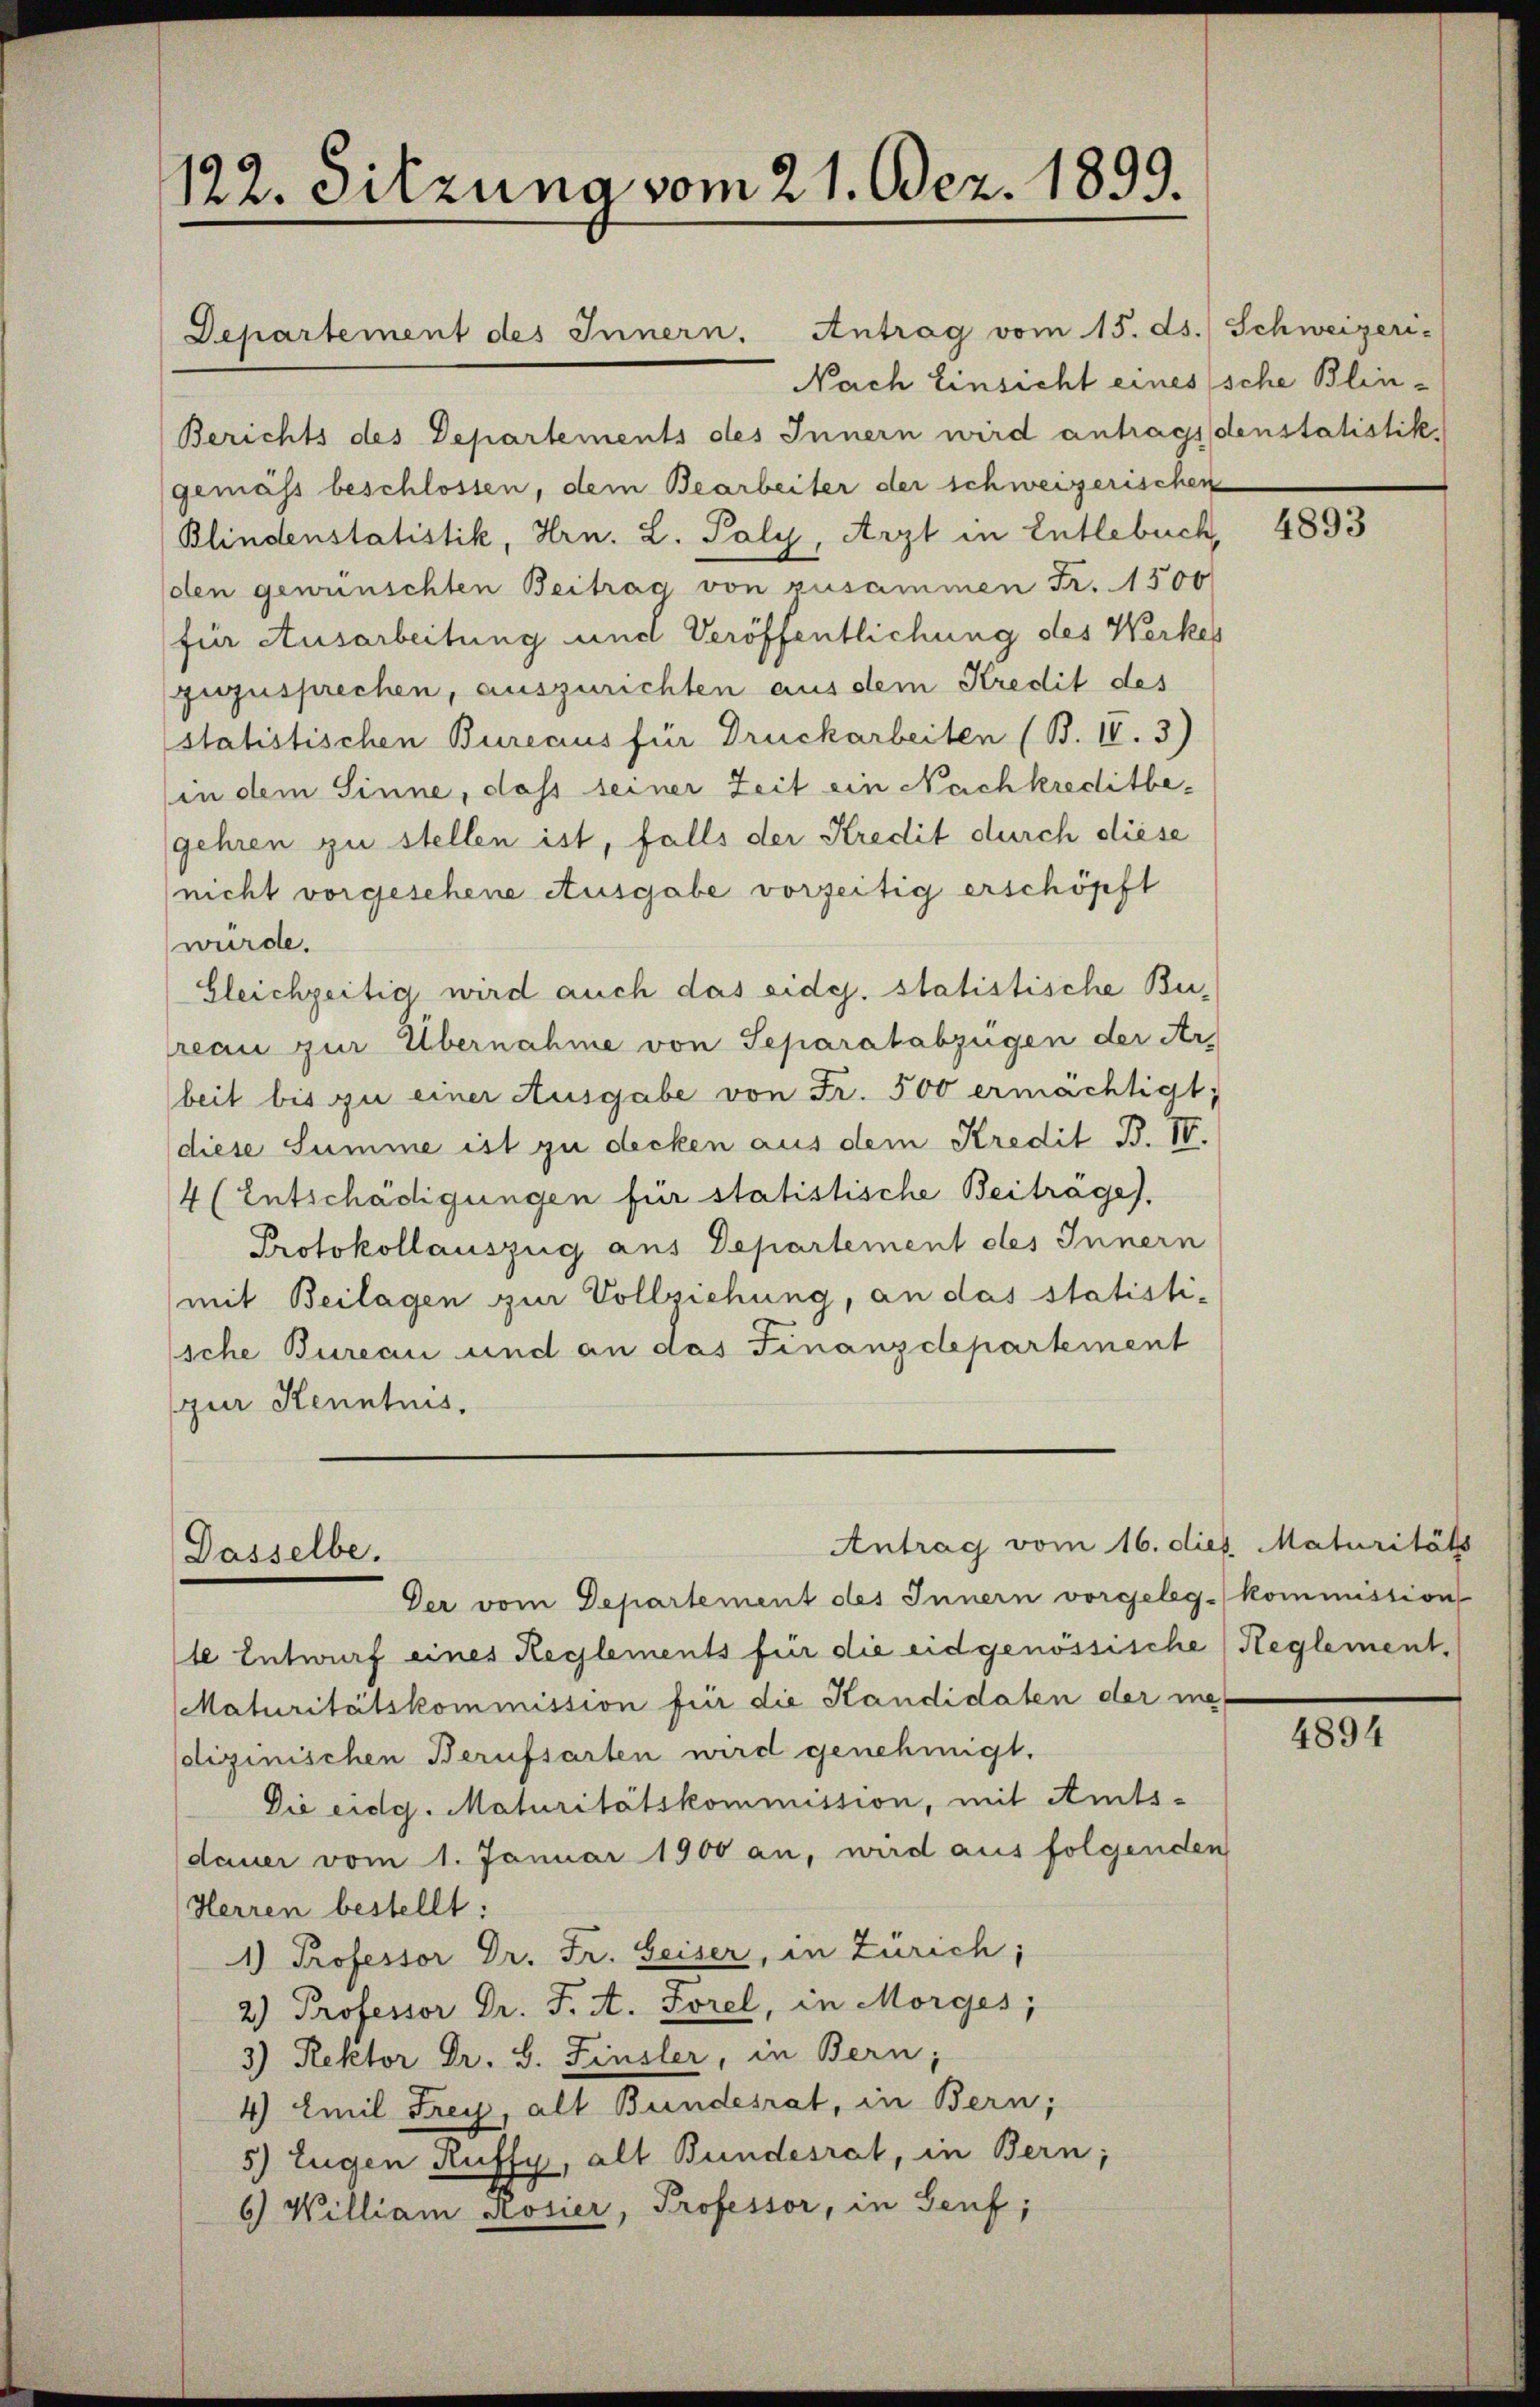
122. Sitzung vom 21. Dez. 1899.

Departement des Innern. Antrag vom 15. ds. Schweizeri-
Nach Einsicht eines sche Blin¬
Berichts des Departements des Innern wird antrags denstatistik
(gemäss beschlossen, dem Bearbeiter der schweizerischen
Blindenstatistik, Hrn. L. Poly, Arzt in Entlebuch,
(den gewünschten Beitrag von zusammen Fr. 1500
für Ausarbeitung und Veröffentlichung des Werkes
zuzusprechen, auszurichten aus dem Kredit des
statistischen Burecius für Druckarbeiten (B. IV. 3)
(in dem Sinne, dass seiner Zeit ein Nachkreditbegehren zu stellen ist, falls der Kredit durch diese
(nicht vorgesehene Ausgabe vorzeitig erschöpft
würde.
Gleichzeitig wird auch das eides. statistische Bureau zur Übernahme von Separatabzügen der Ar-
beit bis zu einer Ausgabe von Fr. 500 ermächtigt;
diese Summe ist zu decken aus dem Kredit B. IV.
4 (Entschädigungen für statistische Beiträge).
Protokollauszug aus Departement des Innern
mit Beilagen zur Vollziehung, an das statisti-
sche Bureau und an das Finanzdepartement
zur Kenntnis,

Antrag vom 16. dies Maturitäts
Dasselbe.
Der vom Departement des Innern vorgeleg kommission

le Entwurf eines Reglements für die eidgenössische Reglement,
Maturitätskommission für die Kandidaten der medicinischen Berufsarten wird genehmigt.
Die eidg. Maturitätskommission, mit Amtsdauer vom 1. Januar 1900 an, wird aus folgenden
Herren bestellt:
1) Professor Dr. Fr. Seiser, in Zürich;
2) Professor Dr. J. A. Forel, in Morges;
3) Rektor Dr. S. Finsler, in Bern;
4) Emil Frey, alt Bundesrat, in Bern;
5) Eugen Ruffy, als Bundesrat, in Bern;
6) William Rosier, Professor, in Senf,

4893

4894